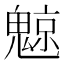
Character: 𲌮